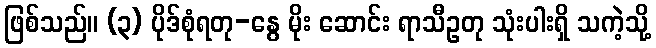
ဖြစ်သည်။ (၃) ပိုဒ်စုံရတု-နွေ မိုး ဆောင်း ရာသီဥတု သုံးပါးရှိ သကဲ့သို့